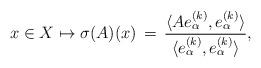
LaTeX: \begin{align*}x\in X \mapsto \sigma(A)(x)\,=\,\frac{\langle A e_{\alpha}^{(k)},e_{\alpha}^{(k)}\rangle}{\langle e_{\alpha}^{(k)},e_{\alpha}^{(k)}\rangle},\end{align*}